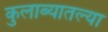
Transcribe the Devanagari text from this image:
कुलाब्यातल्या